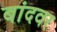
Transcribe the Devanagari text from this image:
बांदवर